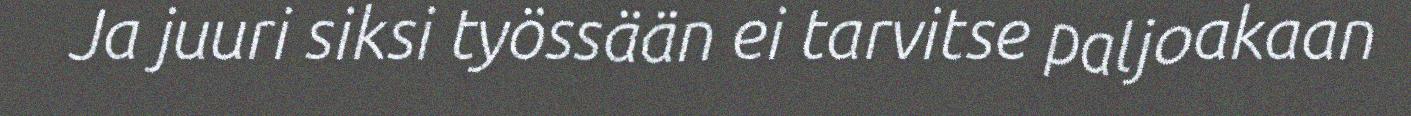
Ja juuri siksi työssään ei tarvitse paljoakaan